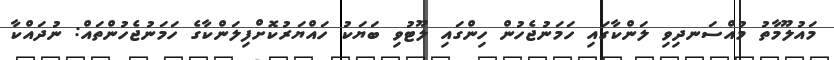
މައުލޫމާތު މުއްސަނދިވި ލަންކާގައި ހަމަނުޖެހުން ހިންގައި ލޫޓުވި ބަޔަކު ހައްޔަރުކޮށްފިލަންކާގެ ހަމަނުޖެހުންތައް: ނުދައްކާ